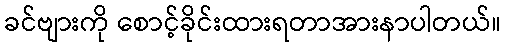
ခင်ဗျားကို စောင့်ခိုင်းထားရတာအားနာပါတယ်။